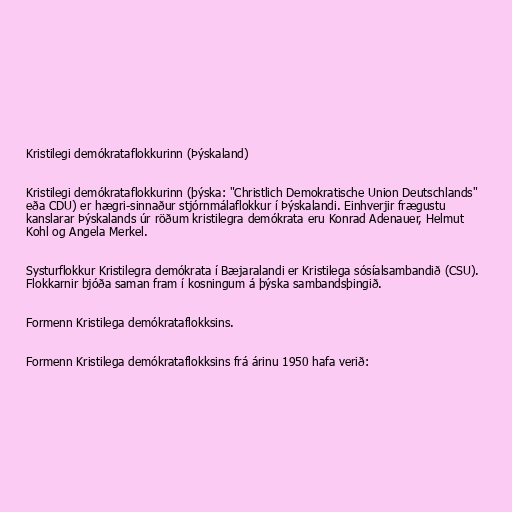
Kristilegi demókrataflokkurinn (Þýskaland)

Kristilegi demókrataflokkurinn (þýska: "Christlich Demokratische Union Deutschlands"
eða CDU) er hægri-sinnaður stjórnmálaflokkur í Þýskalandi. Einhverjir frægustu
kanslarar Þýskalands úr röðum kristilegra demókrata eru Konrad Adenauer, Helmut
Kohl og Angela Merkel.

Systurflokkur Kristilegra demókrata í Bæjaralandi er Kristilega sósíalsambandið (CSU).
Flokkarnir bjóða saman fram í kosningum á þýska sambandsþingið.

Formenn Kristilega demókrataflokksins.

Formenn Kristilega demókrataflokksins frá árinu 1950 hafa verið: